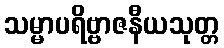
သမ္မာပရိဗ္ဗာဇနီယသုတ္တ